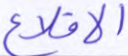
الاقلاع